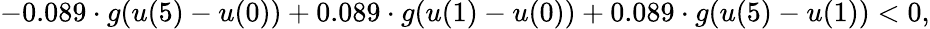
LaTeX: -0.089\cdot g(u(5)-u(0))+0.089\cdot g(u(1)-u(0))+0.089\cdot g(u(5)-u(1))<0,